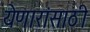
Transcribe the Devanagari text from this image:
येणारांसाठी